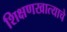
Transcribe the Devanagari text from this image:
शिक्षणखात्याचे